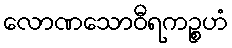
လောဏသောဝီရကဉ္စဟံ